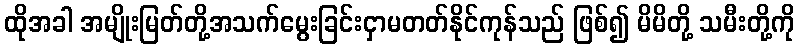
ထိုအခါ အမျိုးမြတ်တို့အသက်မွေးခြင်းငှာမတတ်နိုင်ကုန်သည် ဖြစ်၍ မိမိတို့ သမီးတို့ကို